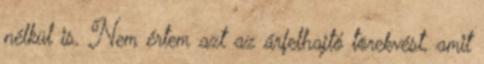
nélkül is. Nem értem azt az árfelhajtó törekvést, amit